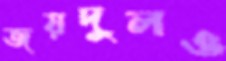
জয়দুলও